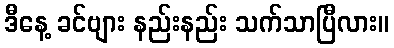
ဒီနေ့ ခင်ဗျား နည်းနည်း သက်သာပြီလား။